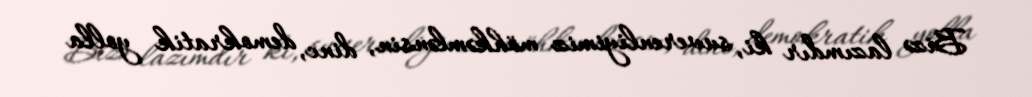
Bizə lazımdır ki, suverenliyimiz möhkəmlənsin, dinc, demokratik yolla